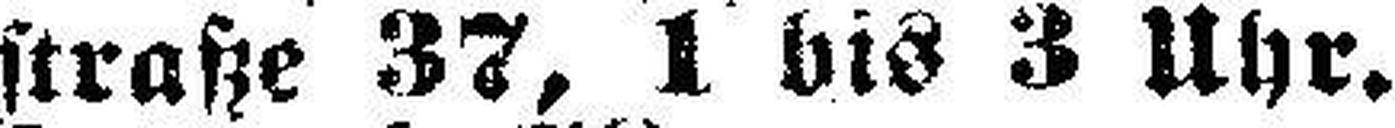
straße 37, 1 bis 3 Uhr.